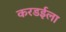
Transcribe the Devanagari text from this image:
करडईला